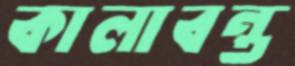
কালাবন্ত